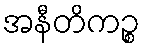
အနီတိကဉ္စ